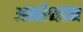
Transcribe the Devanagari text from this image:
अस्सेनडन